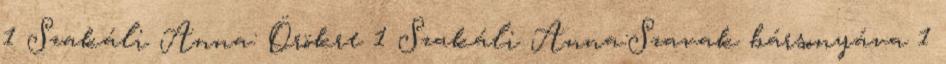
1 Szakáli Anna: Örökre 1 Szakáli Anna:Szavak bársonyáva 1